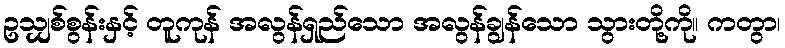
ဥသျှစ်စွန်းနှင့် တူကုန် အလွန်ရှည်သော အလွန်ချွန်သော သွားတို့ကို။ ကတွာ၊